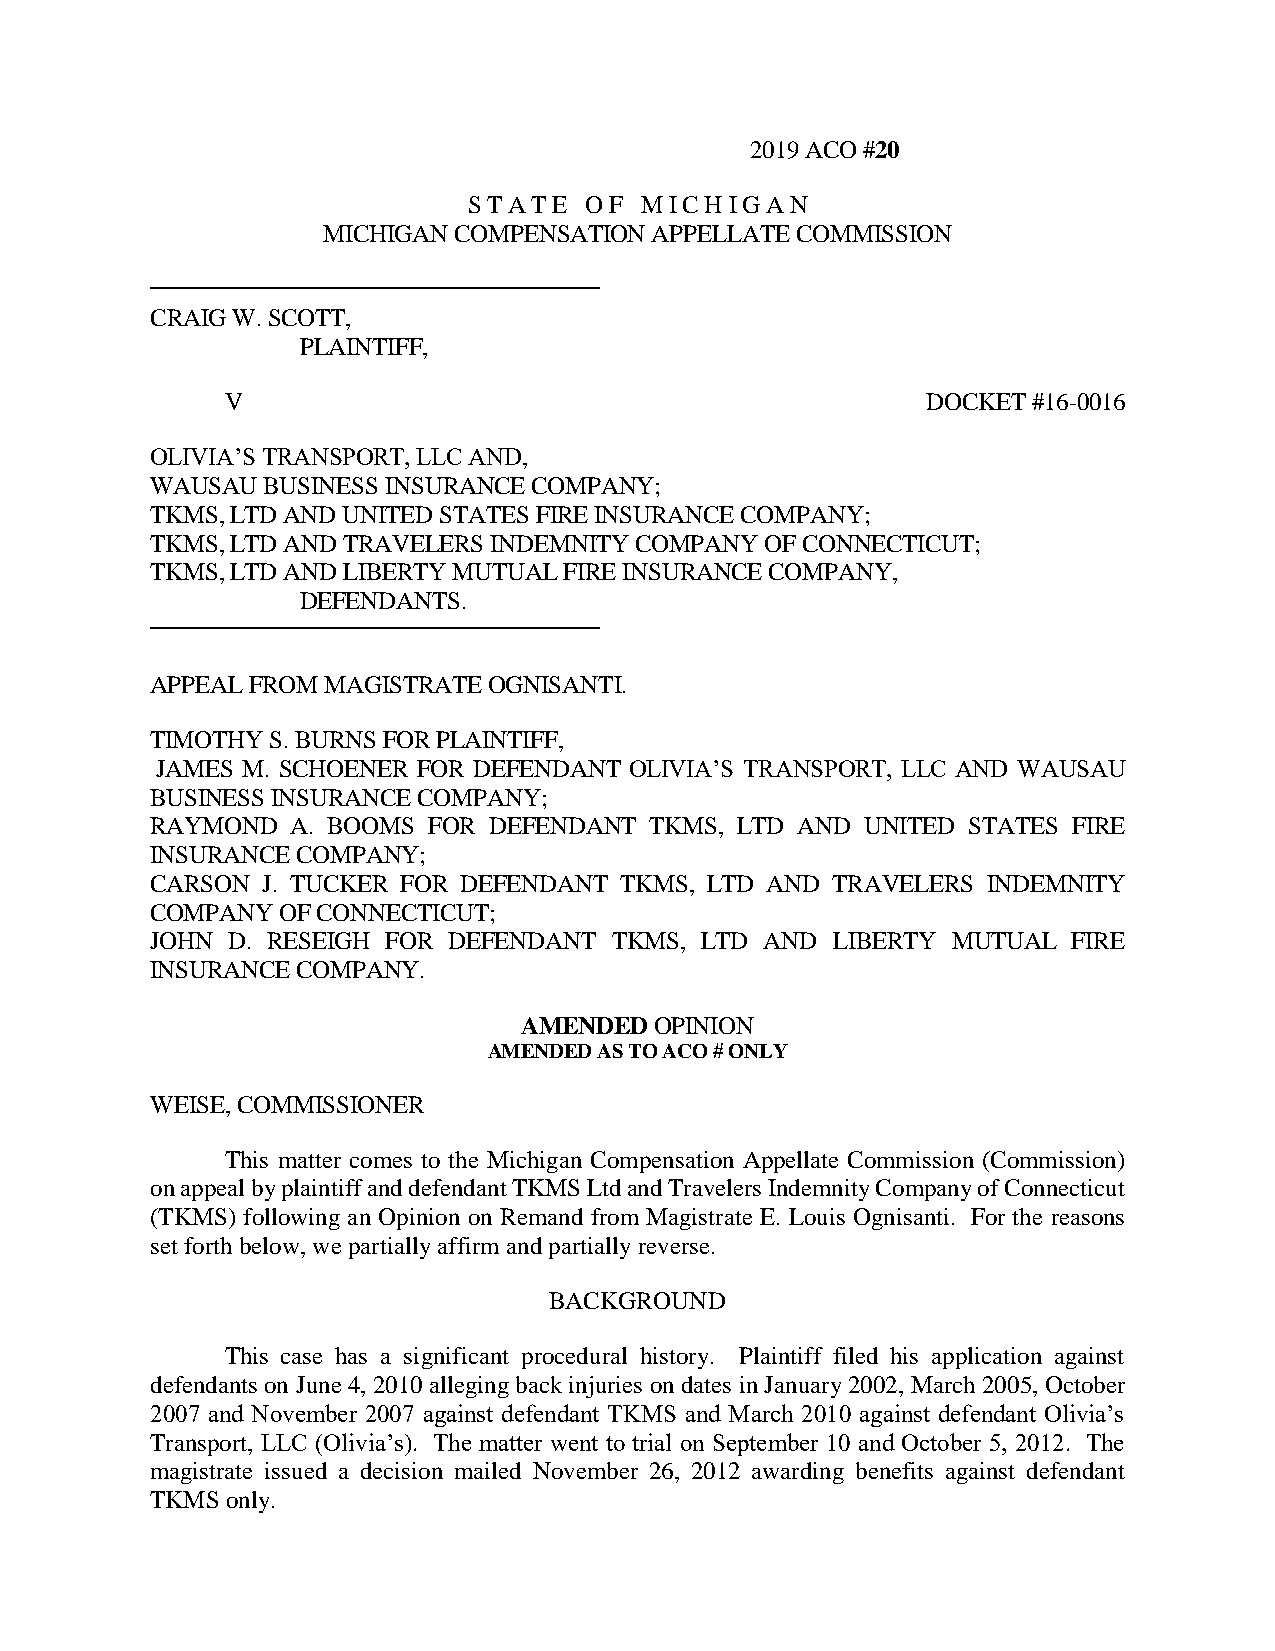
2019 ACO #20
 S T A T E O F M I C H I G A N
 MICHIGAN COMPENSATION APPELLATE COMMISSION
 CRAIG W. SCOTT,
 PLAINTIFF,
 V                                             DOCKET #16-0016
 OLIVIA’S TRANSPORT, LLC AND,
 WAUSAU BUSINESS INSURANCE COMPANY;
 TKMS, LTD AND UNITED STATES FIRE INSURANCE COMPANY;
 TKMS, LTD AND TRAVELERS INDEMNITY COMPANY OF CONNECTICUT;
 TKMS, LTD AND LIBERTY MUTUAL FIRE INSURANCE COMPANY,
 DEFENDANTS.
 APPEAL FROM MAGISTRATE OGNISANTI.
 TIMOTHY S. BURNS FOR PLAINTIFF,
 JAMES M. SCHOENER FOR DEFENDANT OLIVIA’S TRANSPORT, LLC AND WAUSAU
 BUSINESS INSURANCE COMPANY;
 RAYMOND  A. BOOMS FOR DEFENDANT  TKMS, LTD AND UNITED STATES FIRE
 INSURANCE COMPANY;
 CARSON J. TUCKER FOR DEFENDANT TKMS, LTD AND TRAVELERS INDEMNITY
 COMPANY OF CONNECTICUT;
 JOHN D. RESEIGH FOR DEFENDANT TKMS, LTD  AND LIBERTY MUTUAL  FIRE
 INSURANCE COMPANY.
 AMENDED  OPINION
 AMENDED AS TO ACO # ONLY
 WEISE, COMMISSIONER
 This matter comes to the Michigan Compensation Appellate Commission (Commission)
 on appeal by plaintiff and defendant TKMS Ltd and Travelers Indemnity Company of Connecticut
 (TKMS) following an Opinion on Remand from Magistrate E. Louis Ognisanti. For the reasons
 set forth below, we partially affirm and partially reverse.
 BACKGROUND
 This case has a significant procedural history. Plaintiff filed his application against
 defendants on June 4, 2010 alleging back injuries on dates in January 2002, March 2005, October
 2007 and November 2007 against defendant TKMS and March 2010 against defendant Olivia’s
 Transport, LLC (Olivia’s). The matter went to trial on September 10 and October 5, 2012. The
 magistrate issued a decision mailed November 26, 2012 awarding benefits against defendant
 TKMS only.